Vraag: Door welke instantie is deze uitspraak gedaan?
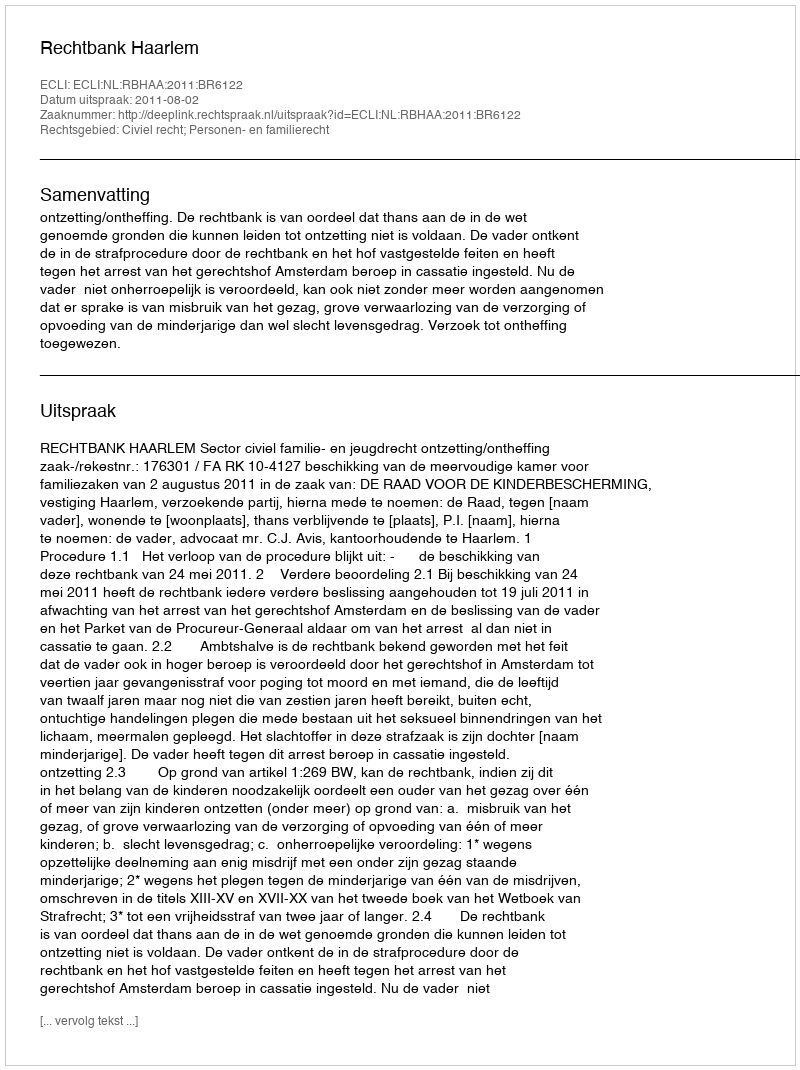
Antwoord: Rechtbank Haarlem